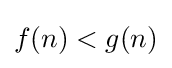
f(n)<g(n)